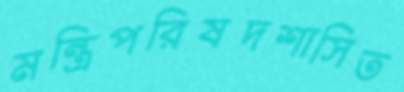
মন্ত্রিপরিষদশাসিত